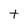
Character: t